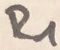
Text: R1